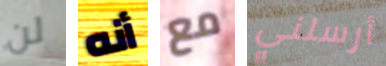
لن أنه مع أرسلني